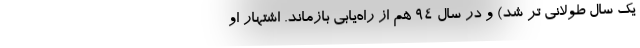
یک سال طولانی تر شد) و در سال 94 هم از راه‌یابی بازماند. اشتهار او